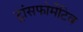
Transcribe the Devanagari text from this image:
ट्रांसफोर्मेटिव